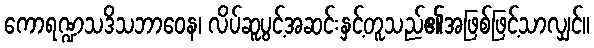
ကောရဏ္ဍသဒိသဘာဝေန၊ လိပ်ဆူပွင့်အဆင်းနှင့်တူသည်၏အဖြစ်ဖြင့်သာလျှင်။